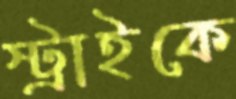
স্ট্রাইকে